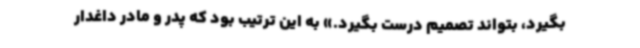
بگیرد، بتواند تصمیم درست بگیرد.» به این ترتیب بود که پدر و مادر داغدار